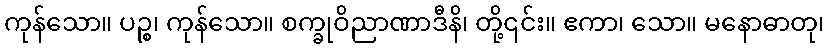
ကုန်သော။ ပဉ္စ၊ ကုန်သော။ စက္ခုဝိညာဏာဒီနိ၊ တို့၎င်း။ ဧကာ၊ သော။ မနောဓာတု၊